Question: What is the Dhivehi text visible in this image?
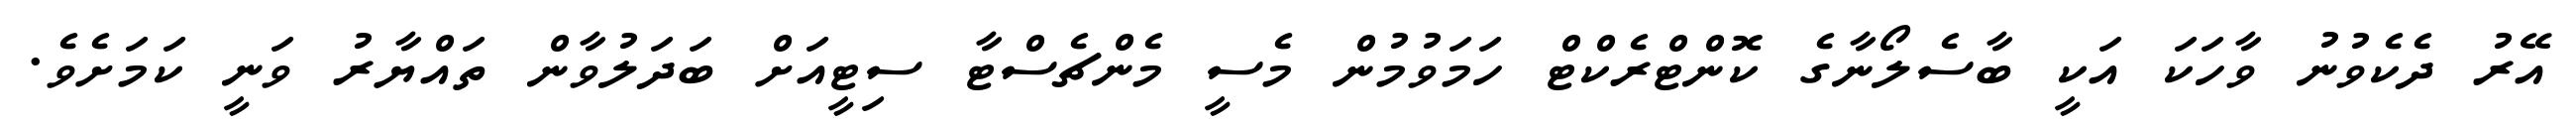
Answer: އޭރު ދެކެވުނު ވާހަކަ އަކީ ބާސެލޯނާގެ ކޮންޓްރެކްޓް ހަމަވުމުން މެސީ މެންޗެސްޓާ ސިޓީއަށް ބަދަލުވާން ތައްޔާރު ވަނީ ކަމަށެވެ.